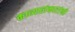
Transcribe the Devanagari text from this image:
काव्यालंकारांनी